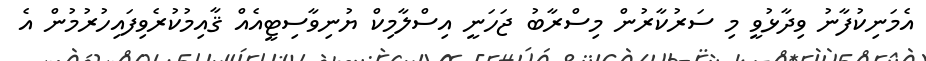
އެމަނިކުފާނު ވިދާޅުވީ މި ސަރުކާރުން މިސްރާބު ޖަހަނީ އިސްލާމިކް ޔުނިވާސިޓީއެއް ޤާއިމުކުރެވިފައިހުރުމުން އެ